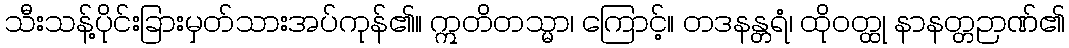
သီးသန့်ပိုင်းခြားမှတ်သားအပ်ကုန်၏။ ဣတိတသ္မာ၊ ကြောင့်။ တဒနန္တရံ၊ ထိုဝတ္ထု နာနတ္တဉာဏ်၏